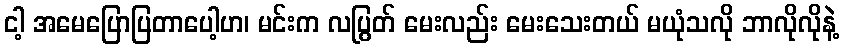
ငါ့ အမေပြောပြတာပေါ့ဟ၊ မင်းက လပြွတ် မေးလည်း မေးသေးတယ် မယုံသလို ဘာလိုလိုနဲ့